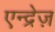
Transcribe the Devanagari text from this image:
एन्द्रेज़